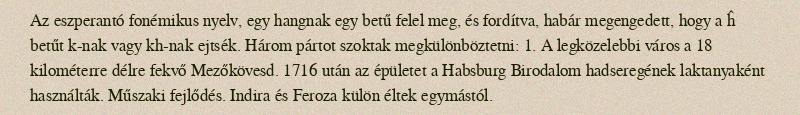
Az eszperantó fonémikus nyelv, egy hangnak egy betű felel meg, és fordítva, habár megengedett, hogy a ĥ betűt k-nak vagy kh-nak ejtsék. Három pártot szoktak megkülönböztetni: 1. A legközelebbi város a 18 kilométerre délre fekvő Mezőkövesd. 1716 után az épületet a Habsburg Birodalom hadseregének laktanyaként használták. Műszaki fejlődés. Indira és Feroza külön éltek egymástól.